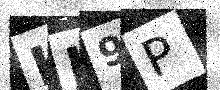
Text: HJ9P